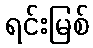
ရင်းမြစ်